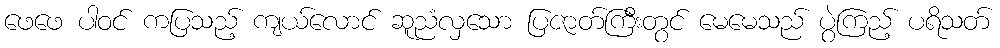
ဖေဖေ ပါဝင် ကပြသည့် ကျယ်လောင် ဆူညံလှသော ပြဇာတ်ကြီးတွင် မေမေသည် ပွဲကြည့် ပရိသတ်